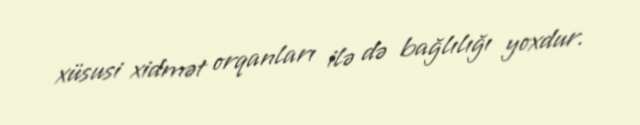
xüsusi xidmət orqanları ilə də bağlılığı yoxdur.